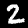
Digit: 2